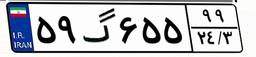
۱۴گ۷۴۶۷۹